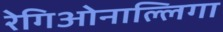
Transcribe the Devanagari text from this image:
रेगिओनाल्लिगा